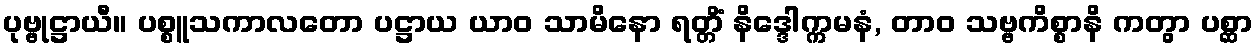
ပုဗ္ဗုဋ္ဌာယီ။ ပစ္စူသကာလတော ပဋ္ဌာယ ယာဝ သာမိနော ရတ္တိံ နိဒ္ဒေါက္ကမနံ, တာဝ သဗ္ဗကိစ္စာနိ ကတွာ ပစ္ဆာ